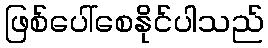
ဖြစ်ပေါ်စေနိုင်ပါသည်